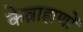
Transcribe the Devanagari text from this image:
केब्राह्मणों